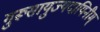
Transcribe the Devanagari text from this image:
गुरूसायुज्यदायिनीम्